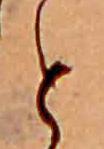
と